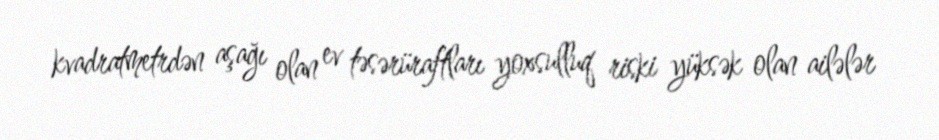
kvadratmetrdən aşağı olan ev təsərüraftları yoxsulluq riski yüksək olan ailələr